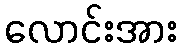
လောင်းအား